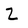
Character: z